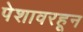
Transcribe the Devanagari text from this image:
पेशावरहून